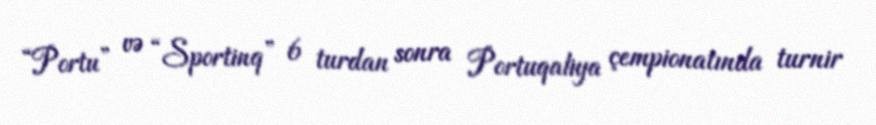
“Portu” və “Sportinq” 6 turdan sonra Portuqaliya çempionatında turnir